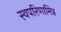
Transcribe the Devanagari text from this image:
स्वपरिणामित्र